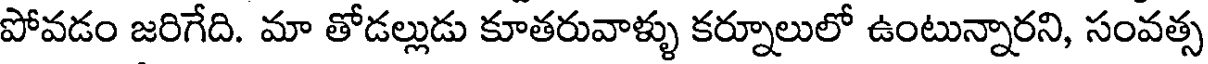
పోవడం జరిగేది. మా తోడల్లుడు కూతరువాళ్ళు కర్నూలులో ఉంటున్నారని, సంవత్స